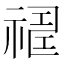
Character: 𥛈